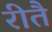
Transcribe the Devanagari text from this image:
रीतै